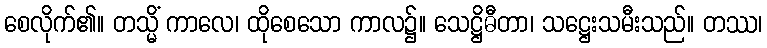
စေလိုက်၏။ တသ္မိံ ကာလေ၊ ထိုစေသော ကာလ၌။ သေဋ္ဌိဓီတာ၊ သဋ္ဌေးသမီးသည်။ တဿ၊